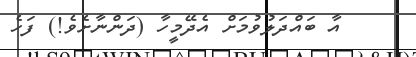
އާ ބައްދަލުވުމަށް އެދޭމީހާ (ދަންނާށެވެ!) ފަހެ